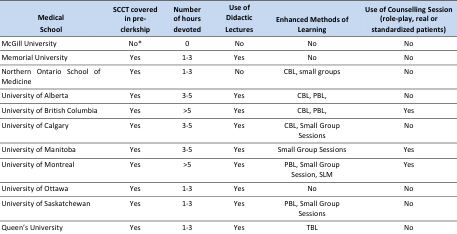
| Medical School | SCCT covered in pre-clerkship | Number of hours devoted | Use of Didactic Lectures | Enhanced Methods of Learning | Use of Counselling Session (role-play, real or standardized patients) |
 | --- | --- | --- | --- | --- | --- |
 | McGill University | No* | 0 | No | No | No |
 | Memorial University | Yes | 1-3 | Yes | No | No |
 | Northern Ontario School of Medicine | Yes | 1-3 | No | CBL, small groups | No |
 | University of Alberta | Yes | 3-5 | Yes | CBL, PBL, | No |
 | University of British Columbia | Yes | >5 | Yes | CBL, PBL, | Yes |
 | University of Calgary | Yes | 3-5 | Yes | CBL, Small Group Sessions | No |
 | University of Manitoba | Yes | 3-5 | Yes | Small Group Sessions | Yes |
 | University of Montreal | Yes | >5 | Yes | PBL, Small Group Session, SLM | Yes |
 | University of Ottawa | Yes | 1-3 | Yes | No | No |
 | University of Saskatchewan | Yes | 1-3 | Yes | PBL, Small Group Sessions | No |
 | Queen’s University | Yes | 1-3 | Yes | TBL | No |